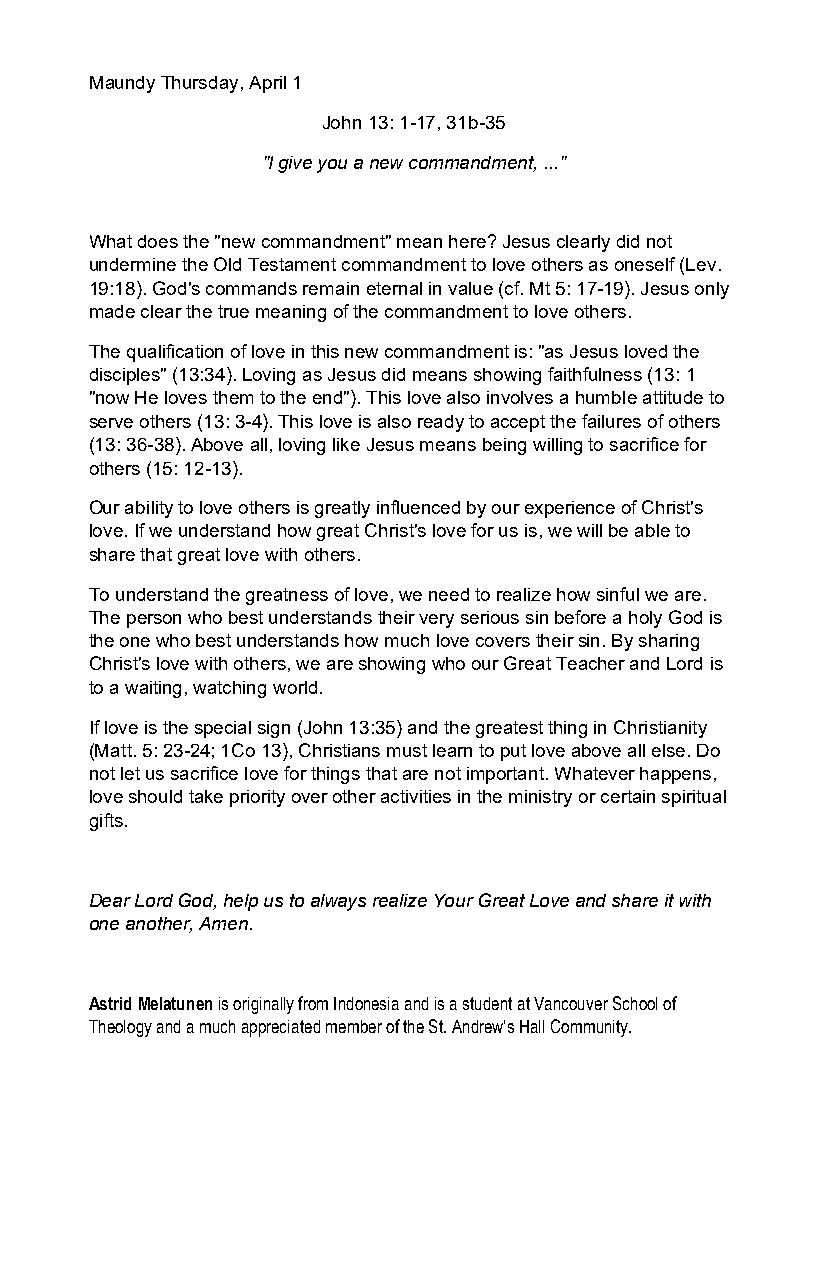
Maundy Thursday, April 1
 John 13: 1-17, 31b-35
 "I give you a new commandment, ..."
 What does the "new commandment" mean here? Jesus clearly did not
 undermine the Old Testament commandment to love others as oneself (Lev.
 19:18). God's commands remain eternal in value (cf. Mt 5: 17-19). Jesus only
 made clear the true meaning of the commandment to love others.
 The qualification of love in this new commandment is: "as Jesus loved the
 disciples" (13:34). Loving as Jesus did means showing faithfulness (13: 1
 "now He loves them to the end"). This love also involves a humble attitude to
 serve others (13: 3-4). This love is also ready to accept the failures of others
 (13: 36-38). Above all, loving like Jesus means being willing to sacrifice for
 others (15: 12-13).
 Our ability to love others is greatly influenced by our experience of Christ's
 love. If we understand how great Christ's love for us is, we will be able to
 share that great love with others.
 To understand the greatness of love, we need to realize how sinful we are.
 The person who best understands their very serious sin before a holy God is
 the one who best understands how much love covers their sin. By sharing
 Christ's love with others, we are showing who our Great Teacher and Lord is
 to a waiting, watching world.
 If love is the special sign (John 13:35) and the greatest thing in Christianity
 (Matt. 5: 23-24; 1Co 13), Christians must learn to put love above all else. Do
 not let us sacrifice love for things that are not important. Whatever happens,
 love should take priority over other activities in the ministry or certain spiritual
 gifts.
 Dear Lord God, help us to always realize Your Great Love and share it with
 one another, Amen.
 Astrid Melatunen is originally from Indonesia and is a student at Vancouver School of
 Theology and a much appreciated member of the St. Andrew’s Hall Community.